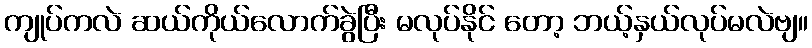
ကျုပ်ကလဲ ဆယ်ကိုယ်လောက်ခွဲပြီး မလုပ်နိုင် တော့ ဘယ့်နှယ်လုပ်မလဲဗျ။